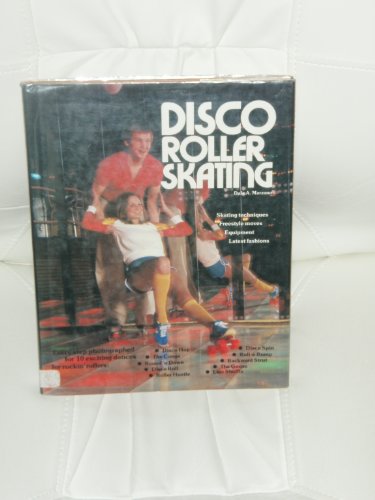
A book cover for Disco Roller Skating; Dale A. Marzano; Sports & Outdoors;